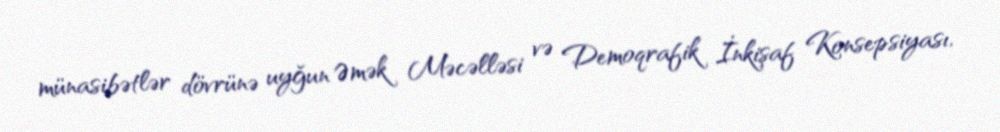
münasibətlər dövrünə uyğun Əmək Məcəlləsi və Demoqrafik İnkişaf Konsepsiyası,